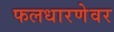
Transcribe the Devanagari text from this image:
फलधारणेवर